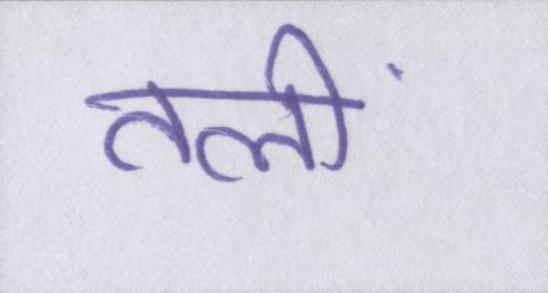
तलीं